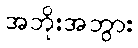
အဘိုးအဘွား